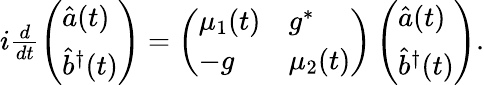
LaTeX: \begin{array}{r}{i\frac{d}{dt}\left(\begin{array}{l}{{\hat{a}}(t)}\\ {{\hat{b}}^{\dagger}(t)}\end{array}\right)=\left(\begin{array}{ll}{\mu_{1}(t)}&{g^{*}}\\ {-g}&{\mu_{2}(t)}\end{array}\right)\left(\begin{array}{l}{{\hat{a}}(t)}\\ {{\hat{b}}^{\dagger}(t)}\end{array}\right).}\end{array}